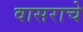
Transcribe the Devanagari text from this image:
वासराचे